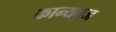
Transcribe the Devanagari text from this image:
कान्यबुज